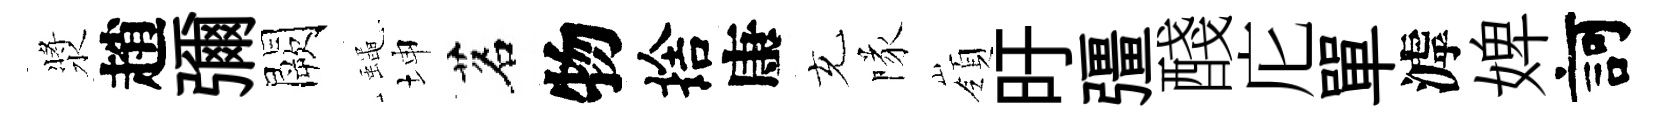
漿趙彌闕蠅坤茗物捨康充隊嶺旴彊醆庀單滹婢訶